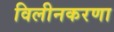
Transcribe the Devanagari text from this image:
विलीनकरणा